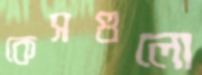
কেসগুলো